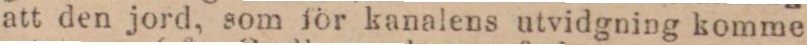
att den jord, som för kanalens utvidgning komme